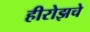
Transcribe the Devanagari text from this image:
हीरोझचे